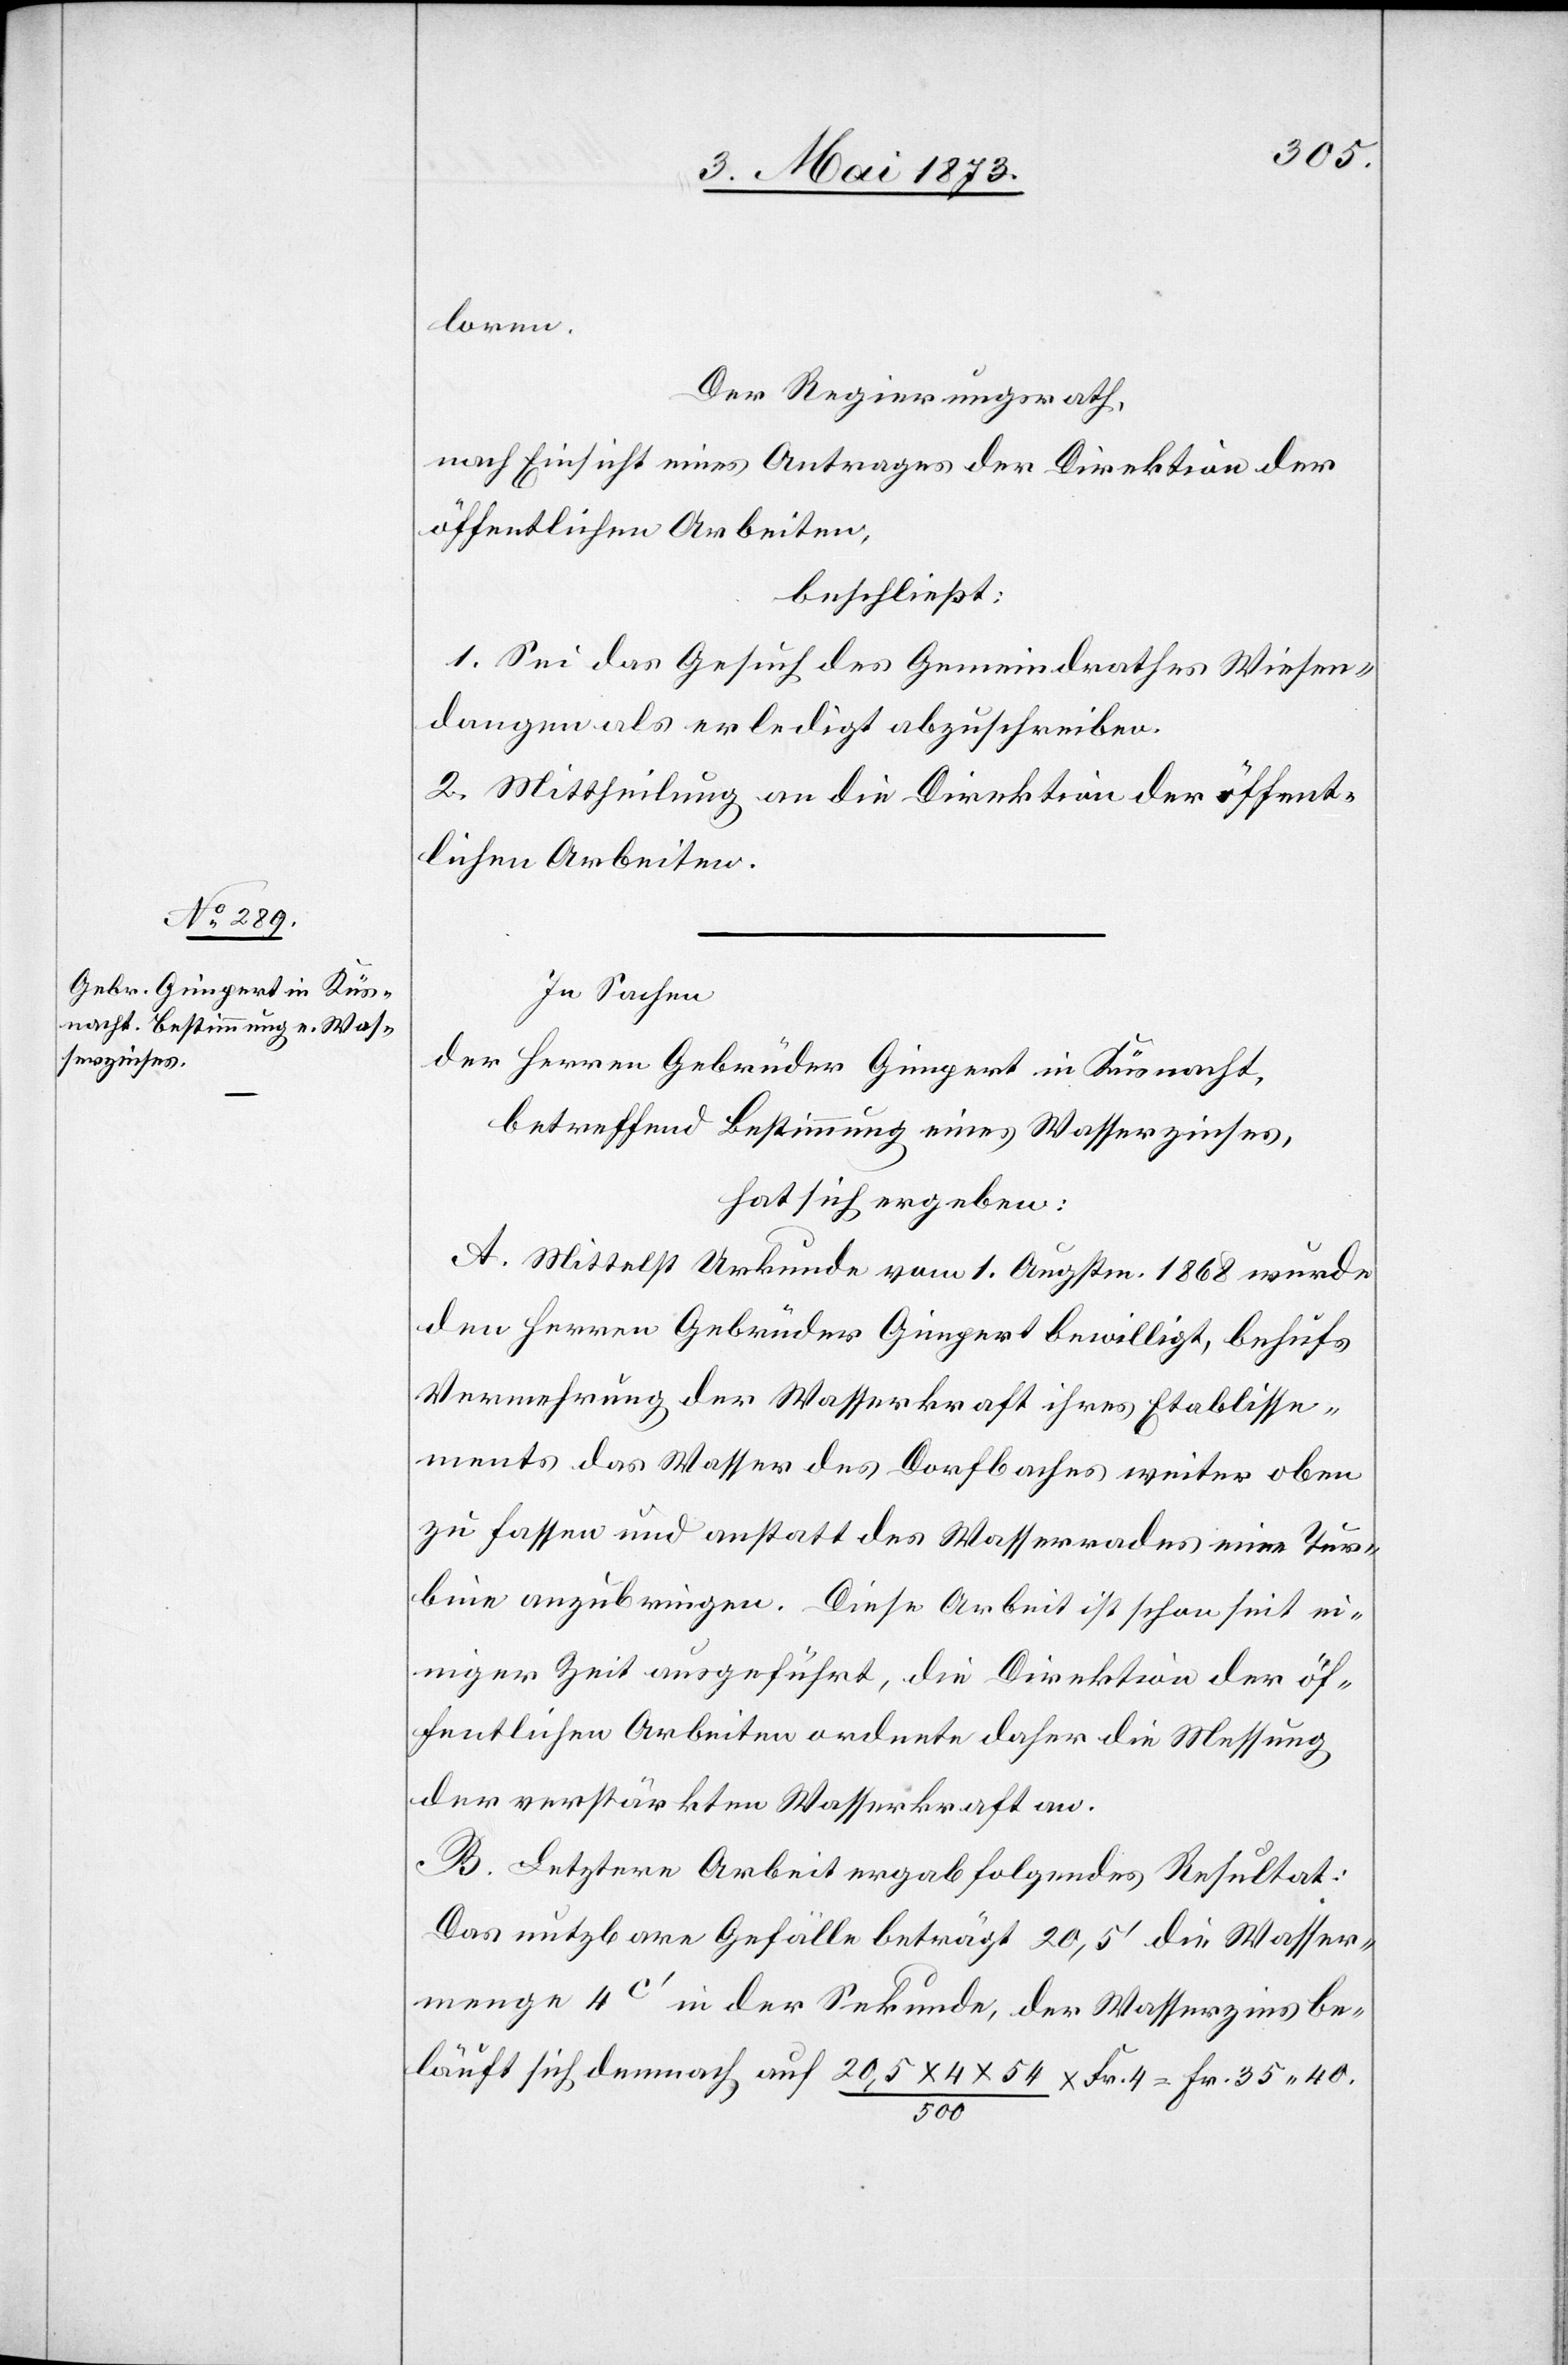
loren.
Der Regierungsrath,
nach Einsicht eines Antrages der Direktion der
öffentlichen Arbeiten,
beschließt:
1. Sei das Gesuch des Gemeindrathes Wiesen¬
dangen als erledigt abzuschreiben.
2. Mittheilung an die Direktion der öffent¬
lichen Arbeiten.
In Sachen
der Herren Gebrüder Gimpert in Küsnacht,
betreffend Bestimmung eines Wasserzinses,
hat sich ergeben:
A. Mittelst Urkunde vom 1. Augstm. 1868 wurde
den Herren Gebrüder Gimpert bewilligt, behufs
Vermehrung der Wasserkraft ihres Etablisse¬
ments das Wasser des Dorfbaches weiter oben
zu fassen und anstatt des Wasserrades eine Tur¬
bine anzubringen. Diese Arbeit ist schon seit ei¬
niger Zeit ausgeführt, die Direktion der öf¬
fentlichen Arbeiten ordnete daher die Messung
der verstärkten Wasserkraft an.
B. Letztere Arbeit ergab folgendes Resultat:
Das nutzbare Gefälle beträgt 20,5‘ die Wasser¬
menge 4c‘ in der Sekunde, der Wasserzins be¬
läuft sich demnach auf 20,5 x 4 x 54/500 x Fr. 4 = Fr. 35 40.